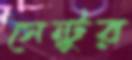
সেন্টুর